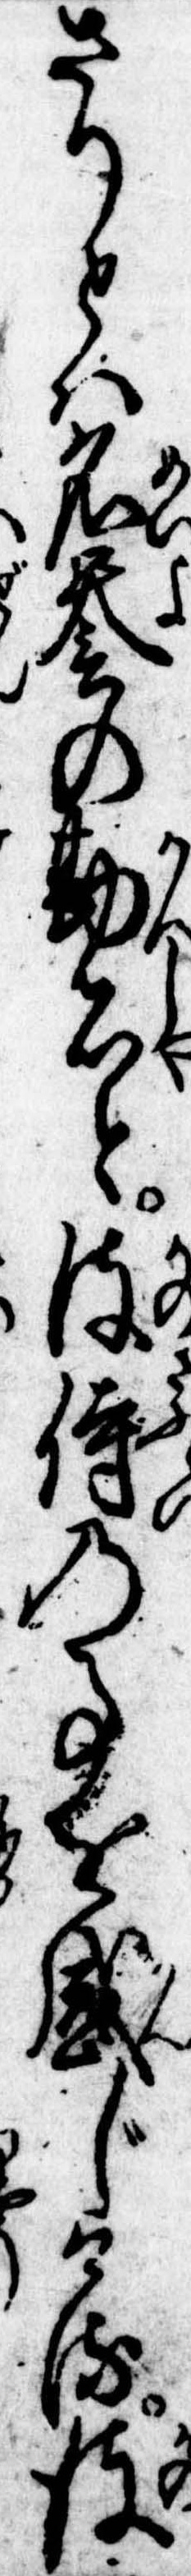
さりとは名誉の勘者と彼侍の事を感じける彼